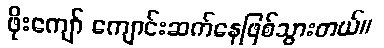
ဖိုးကျော် ကျောင်းဆက်နေဖြစ်သွားတယ်။